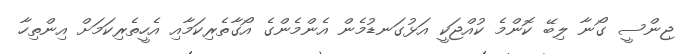
ޖިންސީ ގޯނާ ލިބޭ ކޮންމެ ކުއްޖަކީ އަޅުގަނޑުމެން އެންމެންގެ އޯގާތެރިކަމާއި އެހީތެރިކަމަށް އިންތިހާ